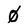
Character: 0